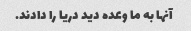
آنها به ما وعده دید دریا را دادند.